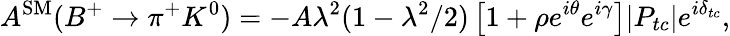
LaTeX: A^{\mathrm{SM}}(B^{+}\rightarrow\pi^{+}K^{0})=-A\lambda^{2}(1-\lambda^{2}/2)\left[1+\rho e^{i\theta}e^{i\gamma}\right]|P_{tc}|e^{i\delta_{tc}},